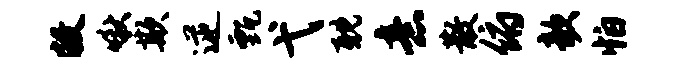
敝啾欺逆甄弋耽意散俯欹怕